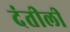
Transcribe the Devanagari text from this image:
दंतीली